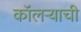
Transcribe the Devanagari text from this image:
कॉलऱ्याची